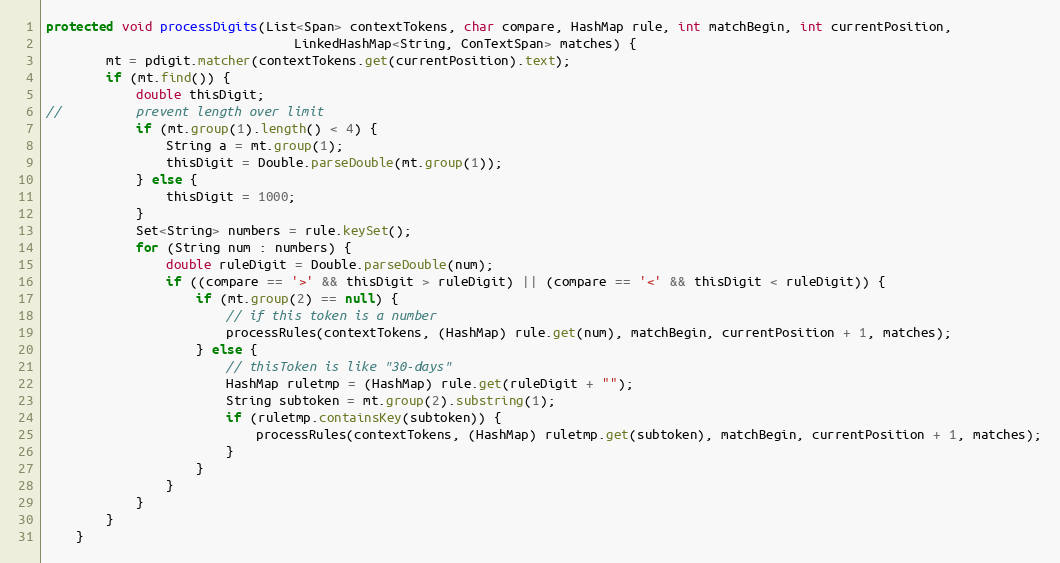
Language: Java
protected void processDigits(List<Span> contextTokens, char compare, HashMap rule, int matchBegin, int currentPosition,
                                 LinkedHashMap<String, ConTextSpan> matches) {
        mt = pdigit.matcher(contextTokens.get(currentPosition).text);
        if (mt.find()) {
            double thisDigit;
//			prevent length over limit
            if (mt.group(1).length() < 4) {
                String a = mt.group(1);
                thisDigit = Double.parseDouble(mt.group(1));
            } else {
                thisDigit = 1000;
            }
            Set<String> numbers = rule.keySet();
            for (String num : numbers) {
                double ruleDigit = Double.parseDouble(num);
                if ((compare == '>' && thisDigit > ruleDigit) || (compare == '<' && thisDigit < ruleDigit)) {
                    if (mt.group(2) == null) {
                        // if this token is a number
                        processRules(contextTokens, (HashMap) rule.get(num), matchBegin, currentPosition + 1, matches);
                    } else {
                        // thisToken is like "30-days"
                        HashMap ruletmp = (HashMap) rule.get(ruleDigit + "");
                        String subtoken = mt.group(2).substring(1);
                        if (ruletmp.containsKey(subtoken)) {
                            processRules(contextTokens, (HashMap) ruletmp.get(subtoken), matchBegin, currentPosition + 1, matches);
                        }
                    }
                }
            }
        }
    }